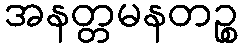
အနတ္တမနတဉ္စ